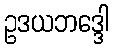
ဥဒယဘဒ္ဒေါ